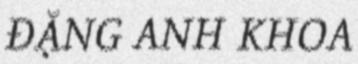
ĐẶNG ANH KHOA